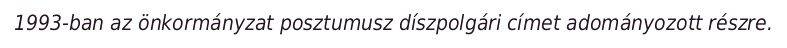
1993-ban az önkormányzat posztumusz díszpolgári címet adományozott részre.